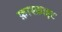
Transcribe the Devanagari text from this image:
फ़ास्फ़ाइट